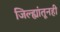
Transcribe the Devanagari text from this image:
जिल्ह्यांतूनही